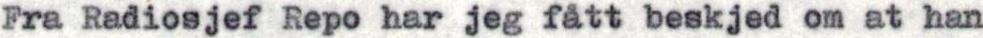
Fra Radiosjef Repo har jeg fått beskjed om at han